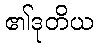
၏ဒုတိယ